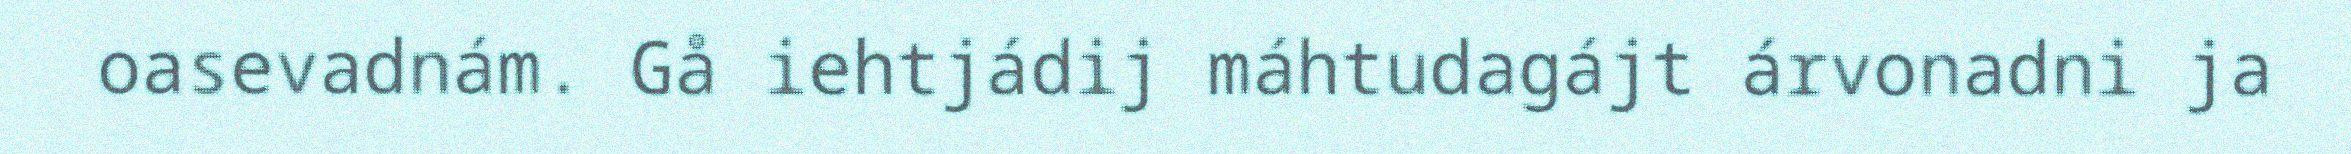
oasevadnám. Gå iehtjádij máhtudagájt árvonadni ja